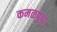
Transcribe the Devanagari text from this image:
कमळपुष्प